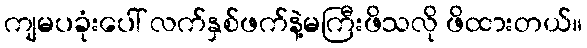
ကျမပခုံးပေါ် လက်နှစ်ဖက်နဲ့မကြီးဖိသလို ဖိထားတယ်။